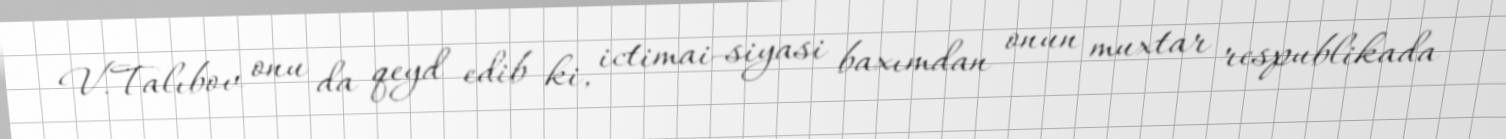
V.Talıbov onu da qeyd edib ki, ictimai-siyasi baxımdan onun muxtar respublikada